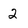
Character: 2